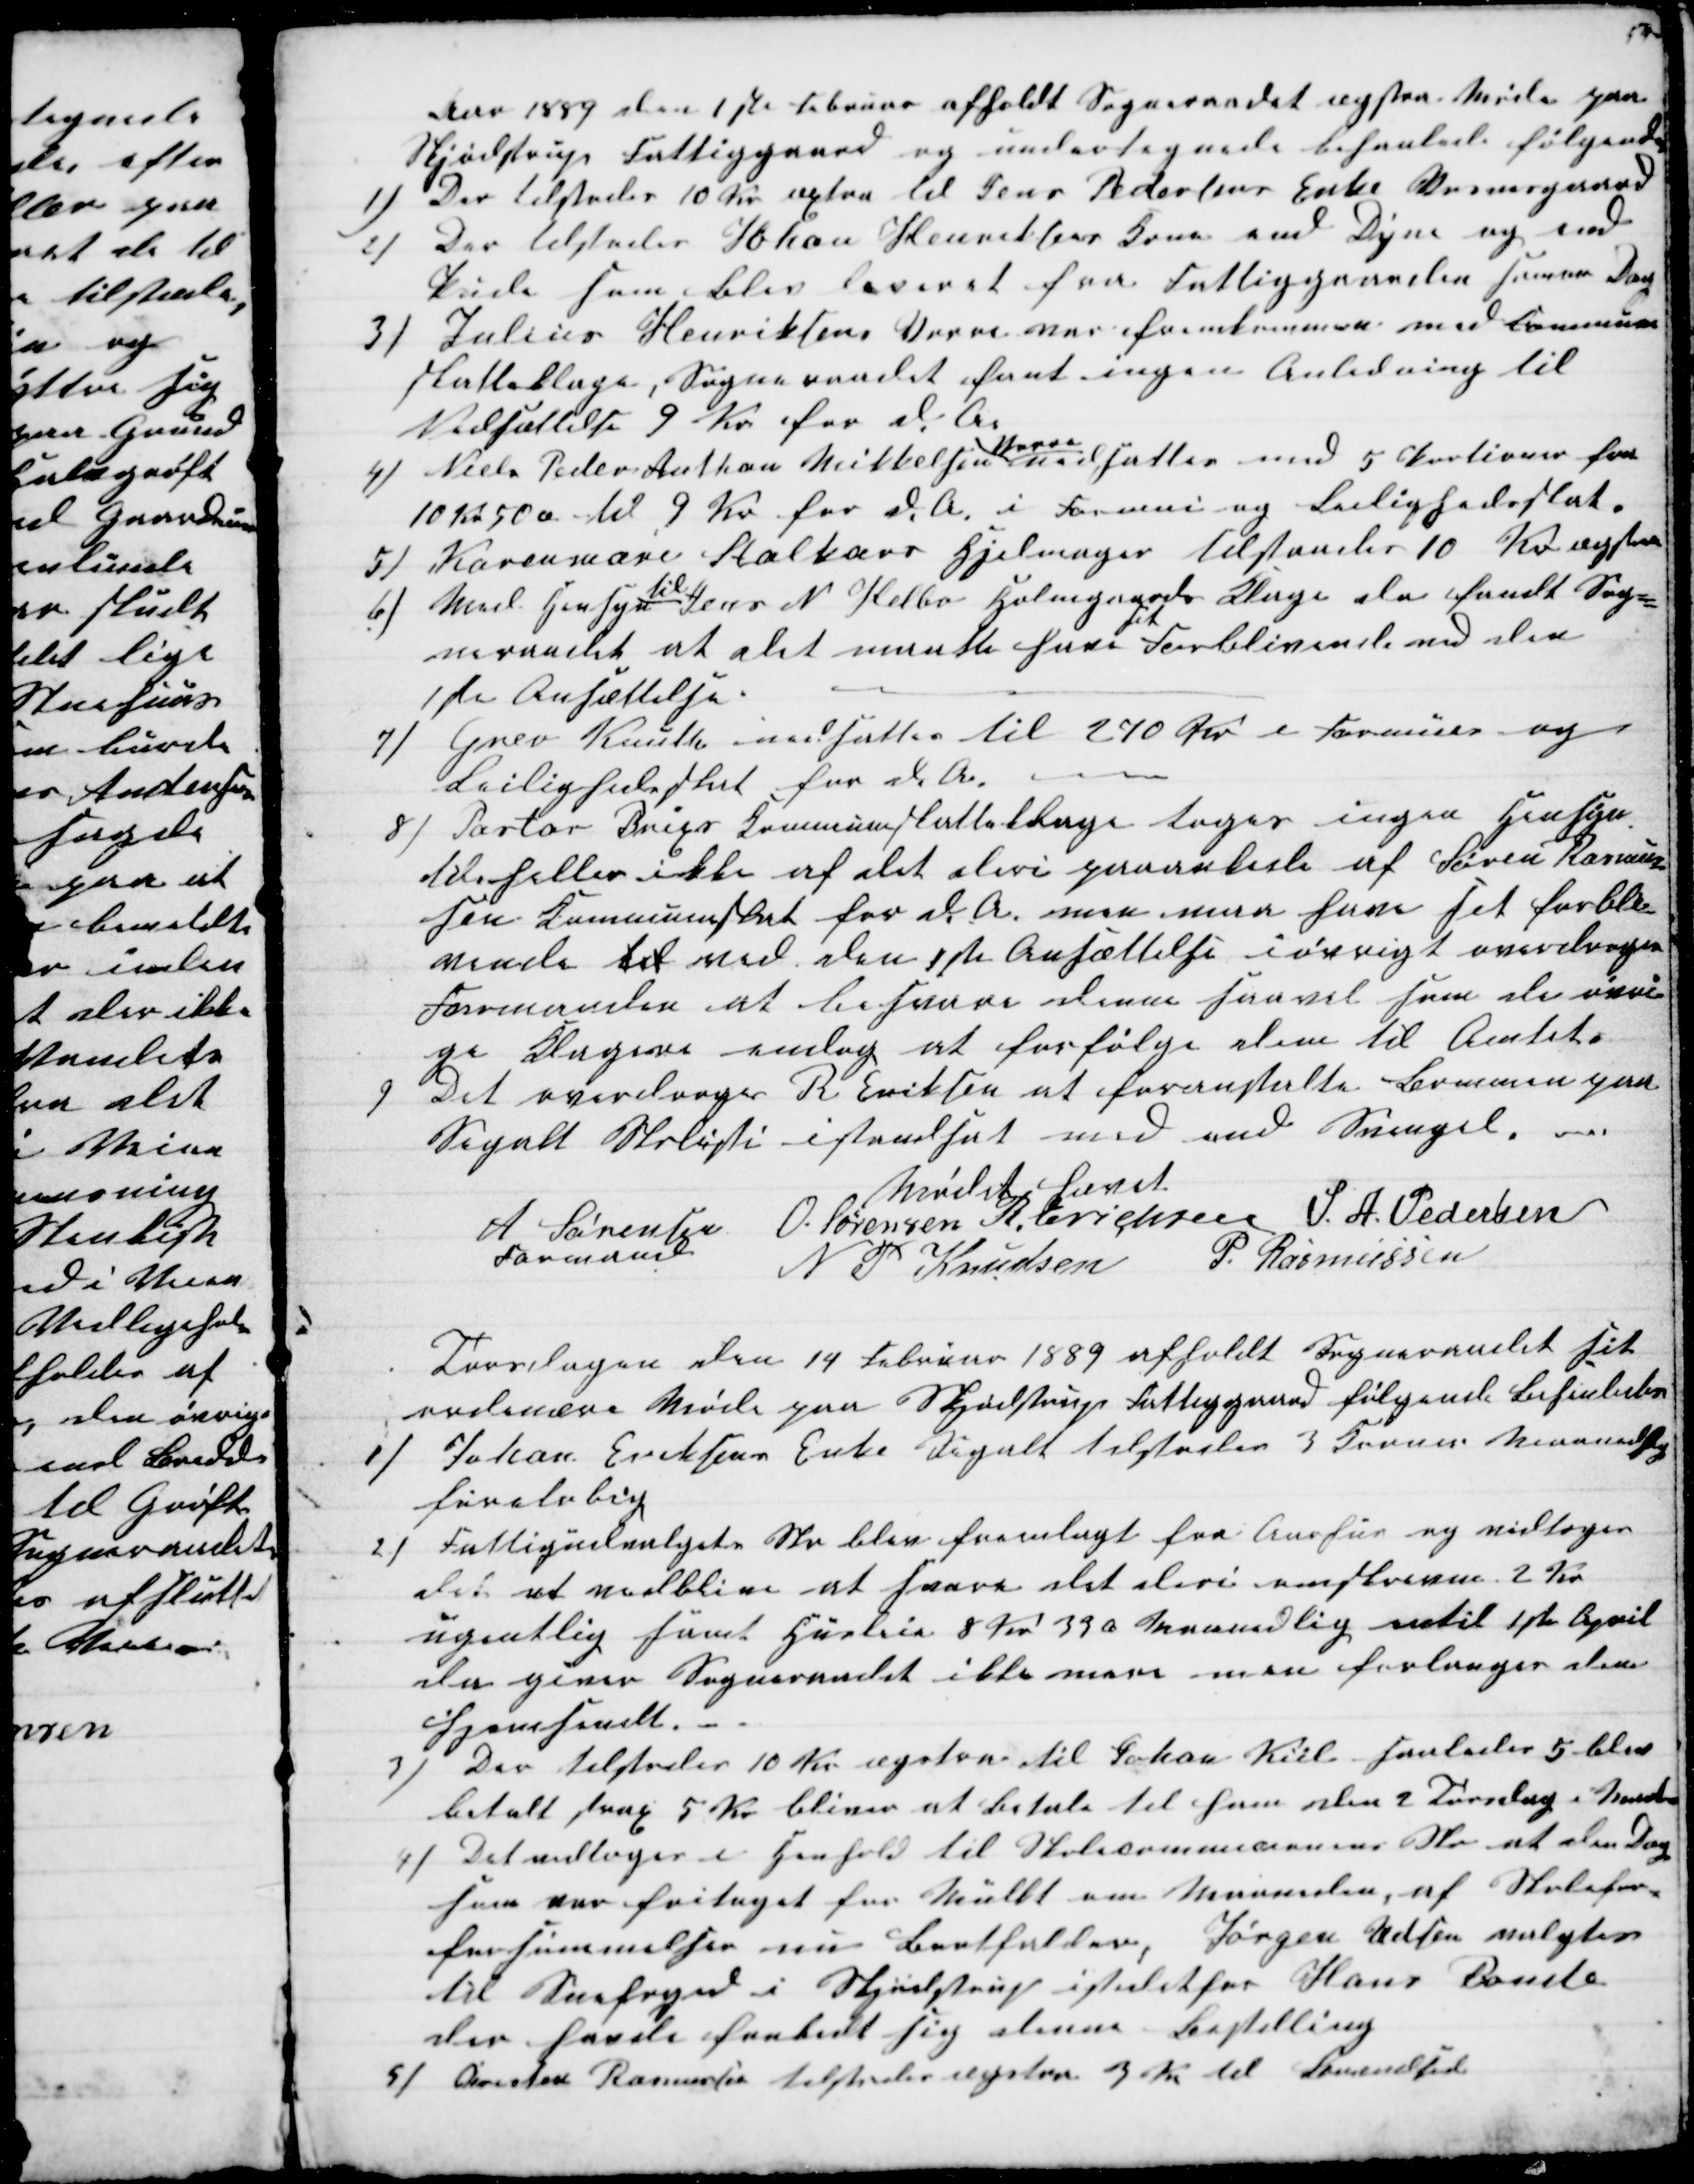
Transskription:
Aar 1889 den 1 ste Februar afholdt Sogneraadet æxstra Møde paa
Skjødstrup Fattiggaard og undertegnede behanlede følgende
1)
Der tilstodes 10 Kr. æxtra til Jens Pedersens Enke Vosnesgaard
2)
Der tilstodes Johan Henriksens Kone end Dyne og end
Pude som blev leveret fra Fattiggaarden samme Dag
3) Julius Henriksens Vorre var fremkommen med Commune-
skatteklage, Sogneraadet fant ingen Anledning til
Nedsættelse 9 Kr for d. A.
4)
Niels Peder Anthon Mikkelsen 
Vorre
nedsattes med 5 Portioner fra
10 Kr 50 Ø til 9 Kr for d. A. i Formue og Leilighedsskat.
5) Karenmarie Stalkærs Hjelmager tilstaades 10 Kr æxtra
6)
Med Hensyn 
til
Jens N. Helbo Holmgaards Klage da fandt Sog=
neraadet at det maatte have 
sit
Forblivende ved den
1ste Ansættelse.
7)
Grev Knuth nedsattes til 270 Kr i Formues og 
Leilighedsskat for d. A.
8) Pastor Brixs Kommuneskatteklage toges ingen Hensyn
til heller ikke af det deri paaankede af Søren Rasmus-
sen Kommuneskat for d. A. men maa have sit forbli-
vende til ved den 1ste Ansættelse iøvrigt overdroges
Formanden at besvare denne saavel som de øvri-
ge Klagere endog at forfølge dem til Amtet.
9
Det overdroges R. Eriksen at foranstalte Bommen paa
Segalt Skolesti istandsat med end Svingel.
Mødet hævet
A Sørensen 
Formand
O. Sørensen R. Erichsen S. A. Pedersen
N. P. Knudsen P. Rasmussen
Torsdagen den 14 Februar 1889 afholdt Sogneraadet sit
ordinære Møde paa Skjødstrup Fattiggaard følgende Behanledes
1)
Johan Eriksens Enke Segalt tilstodes 3 Kroner Maanedlig
foreløbig
2)
Fattigudvalgets Skr blev fremlagt fra Aarhus og vedtoges
det at vedblive at svare det deri omskrevne 2 Kr
ugentlig samt Husleie 8 Kr. 33 Ø Maanedlig intil 1ste April
der giver Sogneraadet ikke mere men forlanger dem
hjemsendt.
3) Der tilstodes 10 Kr æxstra til Johan Kiil saaledes 5 blev
betalt strax 5 Kr bliver at betale til ham den 2 Torsdag i Maaneden
4) Det vedtoges i Henhold til Skolecommicionens Skr at den Dag
som var fritaget for Mulkt om Maaneden af Skolefor-
forsømmelser nu bortfalder, Jørgen Udsen valgtes
til Snefoged i Skjødstrup istedet for Hans Bonde
der havde frabedt sig denne Bestilling
5) Cristen Rasmussen tilstodes æxstra 3 Kr til Brændsel